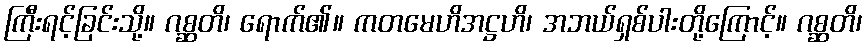
ကြီးရင့်ခြင်းသို့။ ဂစ္ဆတိ၊ ရောက်၏။ ကတမေဟိအဋ္ဌဟိ၊ အဘယ်ရှစ်ပါးတို့ကြောင့်။ ဂစ္ဆတိ၊